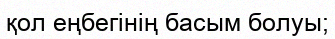
қол еңбегінің басым болуы;